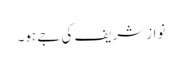
نواز شریف کی جے ہو۔